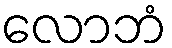
လောဘံ